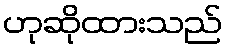
ဟုဆိုထားသည်